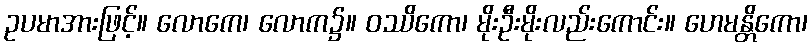
ဥပမာအားဖြင့်။ လောကေ၊ လောက၌။ ဝဿိကော၊ မိုးဦးမိုးလည်းကောင်း။ ဟေမန္တိကော၊